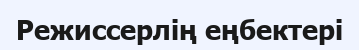
Режиссерлің еңбектері